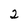
Character: 2